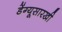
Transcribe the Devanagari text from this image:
डेंग्यूसारखी